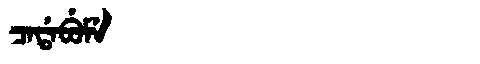
Manchu: ᠴᠠᡩᠠᠪᡠᠮᡝ
Romanization: CADABUME